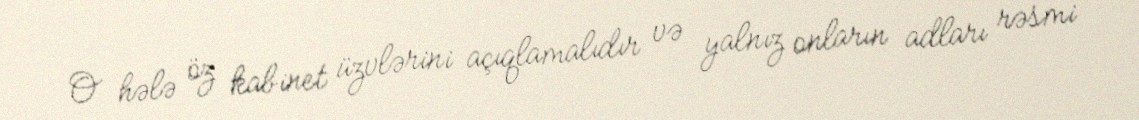
O hələ öz kabinet üzvlərini açıqlamalıdır və yalnız onların adları rəsmi